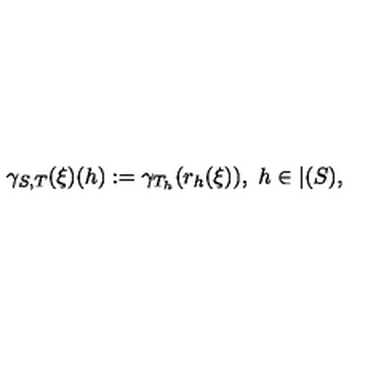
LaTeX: \gamma _ { S , T } ( \xi ) ( h ) : = \gamma _ { T _ { h } } ( r _ { h } ( \xi ) ) , \ h \in \vert ( S ) ,